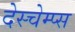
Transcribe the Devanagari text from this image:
देस्चेम्प्स